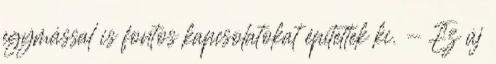
egymással is fontos kapcsolatokat építettek ki. - Ez új